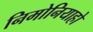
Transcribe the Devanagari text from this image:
निमोनियाहो